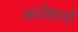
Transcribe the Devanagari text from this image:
आवेषणों